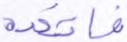
فاتخذه